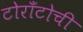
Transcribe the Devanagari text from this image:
टोराँटोची